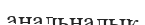
анальналық